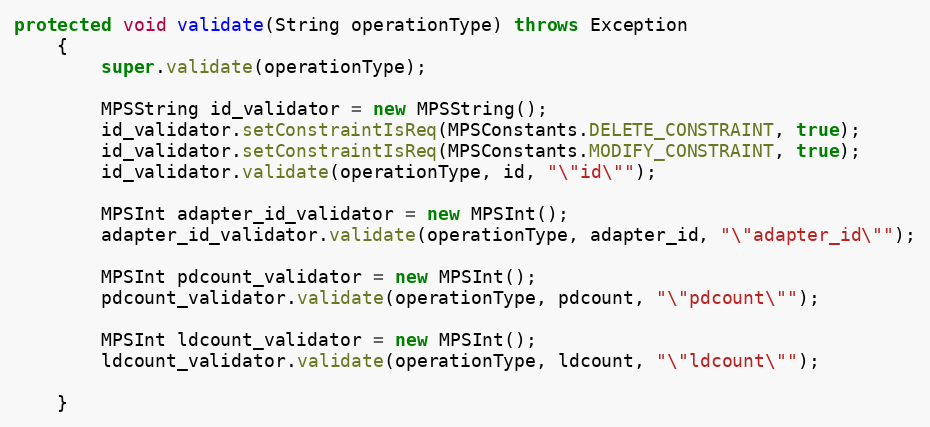
Language: Java
protected void validate(String operationType) throws Exception
	{
		super.validate(operationType);

		MPSString id_validator = new MPSString();
		id_validator.setConstraintIsReq(MPSConstants.DELETE_CONSTRAINT, true);
		id_validator.setConstraintIsReq(MPSConstants.MODIFY_CONSTRAINT, true);
		id_validator.validate(operationType, id, "\"id\"");

		MPSInt adapter_id_validator = new MPSInt();
		adapter_id_validator.validate(operationType, adapter_id, "\"adapter_id\"");

		MPSInt pdcount_validator = new MPSInt();
		pdcount_validator.validate(operationType, pdcount, "\"pdcount\"");

		MPSInt ldcount_validator = new MPSInt();
		ldcount_validator.validate(operationType, ldcount, "\"ldcount\"");

	}